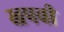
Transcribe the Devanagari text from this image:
खपवी